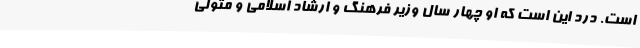
است. درد این است که او چهار سال وزیر فرهنگ و ارشاد اسلامی و متولی